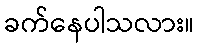
ခက်နေပါသလား။